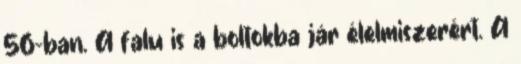
56-ban. A falu is a boltokba jár élelmiszerért. A